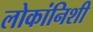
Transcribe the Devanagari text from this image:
लोकांनिशी